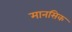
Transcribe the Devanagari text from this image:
मानसिक